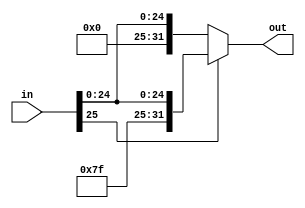
`timescale 1ps/1ps
module SignExt_26to32(input [25:0]in,output reg[31:0] out);
  always@(in)
  out=(in[25])?{6'b111111,in}:{6'b000000,in};
endmodule